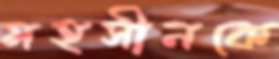
মহসীনকে